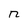
Character: n